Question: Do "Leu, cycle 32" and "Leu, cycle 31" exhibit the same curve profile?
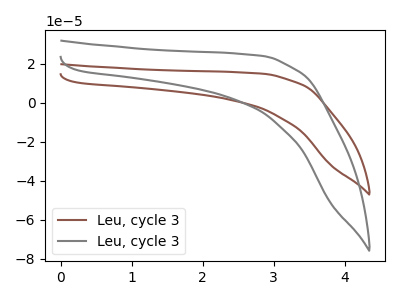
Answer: <think>The brown curve "Leu, cycle 31" has no peaks. The gray curve "Leu, cycle 32" has no peaks.
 Neither "Leu, cycle 32" or "Leu, cycle 31" have any peaks.</think>
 <answer>"Leu, cycle 32" and "Leu, cycle 31" are similar in shape.</answer>
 <eval>same_shape</eval>